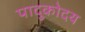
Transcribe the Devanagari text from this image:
पादुकोदय